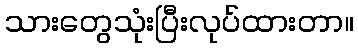
သားတွေသုံးပြီးလုပ်ထားတာ။